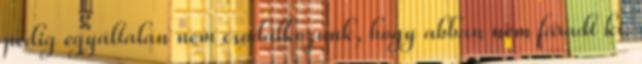
pedig egyáltalán nem csodálkozunk, hogy abban nem fáradt ki.